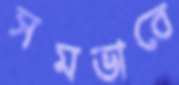
সমভাবে